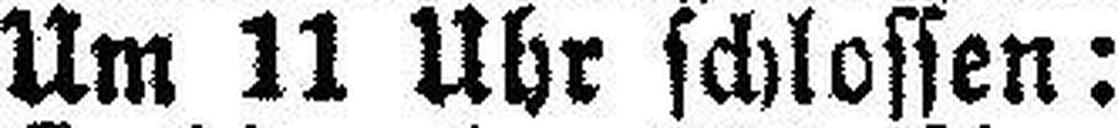
Um 11 Uhr schlossen: